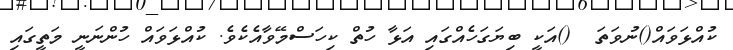
ކުއްޅަވައް()ނުވަތަ  ()އަކީ ބިޔަގަހެއްގައި އަޅާ ހުތް ކިހަސްމޭވާއެކެވެ. ކުއްޅަވައް ހުންނަނީ މަތީގައި